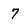
Character: 7